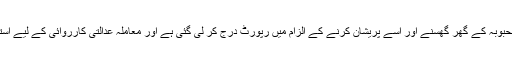
ملزم کے خلاف زبردستی محبوبہ کے گھر گھُسنے اور اُسے پریشان کرنے کے الزام میں رپورٹ درج کر لی گئی ہے اور معاملہ عدالتی کارروائی کے لیے استغاثہ کے حوالے کر دیا گیا۔